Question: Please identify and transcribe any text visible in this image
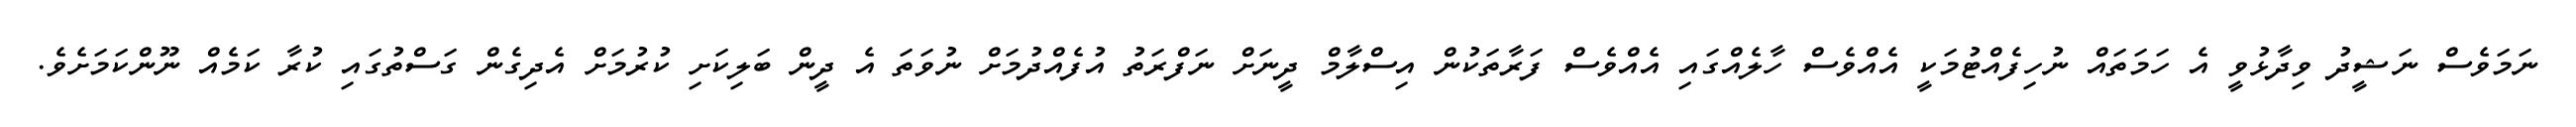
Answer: ނަމަވެސް ނަޝީދު ވިދާޅުވީ އެ ހަމަތައް ނުހިފެއްޓުމަކީ އެއްވެސް ހާލެއްގައި އެއްވެސް ފަރާތަކުން އިސްލާމް ދީނަށް ނަފްރަތު އުފެއްދުމަށް ނުވަތަ އެ ދީން ބަލިކަށި ކުރުމަށް އެދިގެން ގަސްތުގައި ކުރާ ކަމެއް ނޫންކަމަށެވެ.